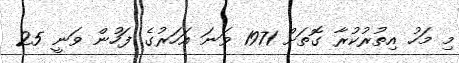
މި މަހު އިތުރުކުރާ ގޮތަށް 1971 ވަނަ އަހަރުގެ ފަހުން ވަނީ 25